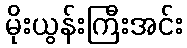
မိုးယွန်းကြီးအင်း